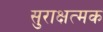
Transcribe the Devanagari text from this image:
सुराक्षत्मक